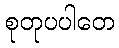
စုတုပပါတေ